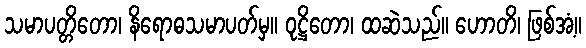
သမာပတ္တိတော၊ နိရောဓသမာပတ်မှ။ ဝုဋ္ဌိတော၊ ထဆဲသည်။ ဟောတိ၊ ဖြစ်အံ့။